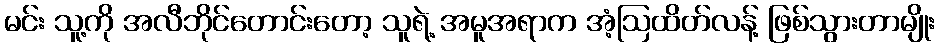
မင်း သူ့ကို အလီဘိုင်တောင်းတော့ သူရဲ့ အမူအရာက အံ့ဩထိတ်လန့် ဖြစ်သွားတာမျိုး